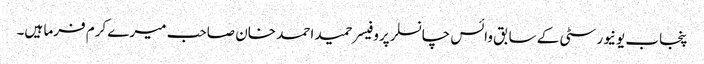
پنجاب یونیورسٹی کے سابق وائس چانسلر پروفیسر حمید احمد خان صاحب میرے کرم فرما ہیں۔